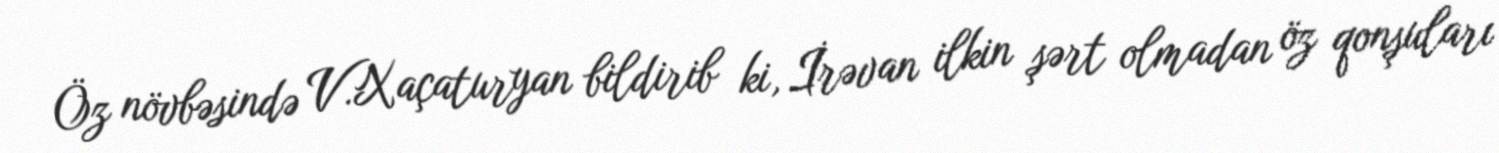
Öz növbəsində V.Xaçaturyan bildirib ki, İrəvan ilkin şərt olmadan öz qonşuları